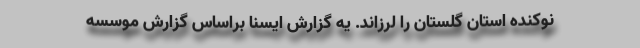
نوکنده استان گلستان را لرزاند. یه گزارش ایسنا براساس گزارش موسسه